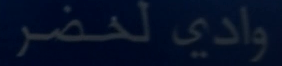
وادي لخضر